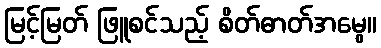
မြင့်မြတ် ဖြူစင်သည့် စိတ်ဓာတ်အမွေ။